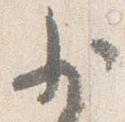
少